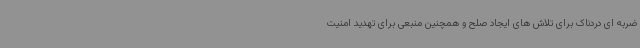
ضربه ای دردناک برای تلاش های ایجاد صلح و همچنین منبعی برای تهدید امنیت